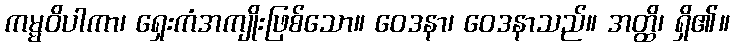
ကမ္မဝိပါကာ၊ ရှေးကံအကျိုးဖြစ်သော။ ဝေဒနာ၊ ဝေဒနာသည်။ အတ္ထိ၊ ရှိ၏။